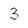
Character: 3